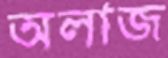
অলাজ